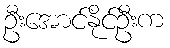
ဦးအောင်နိုင်ဦးက